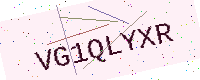
Text: VG1QLYXR